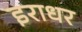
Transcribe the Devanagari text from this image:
इराधर